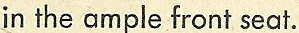
in the ample front seat.